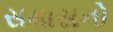
સમાસનો